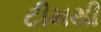
ટીમથી